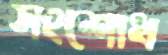
সংশোধ